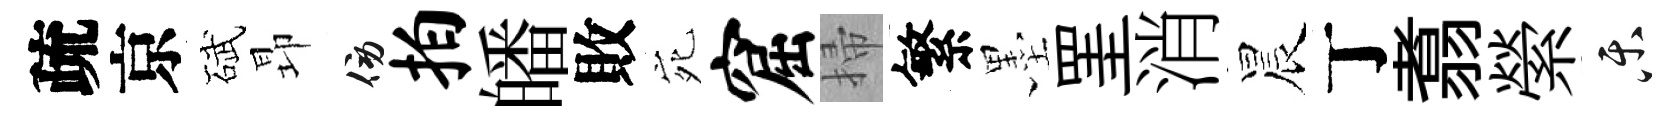
疏京碔昻傍拍皤敗宛窟掃繁墨罣消晨丁翥縈乐